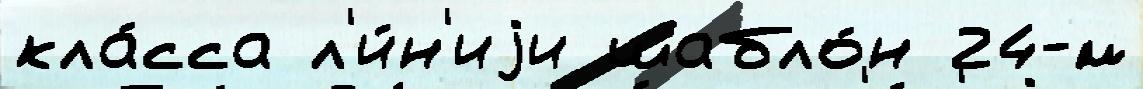
кла́сса л'и́н'иjи шабло́н 24-́м